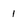
Character: 1